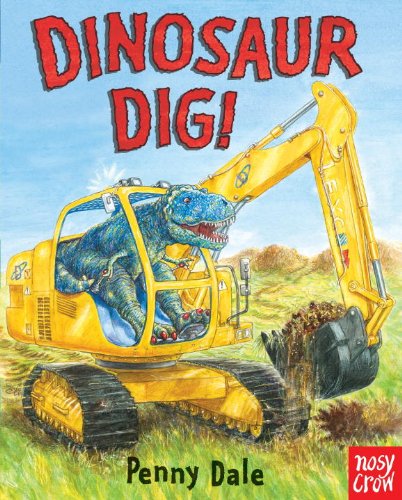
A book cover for Dinosaur Dig!; Penny Dale; Children's Books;